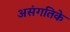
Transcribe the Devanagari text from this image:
असंगतिके